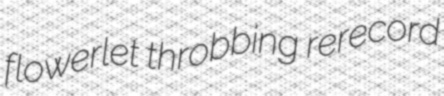
flowerlet throbbing rerecord